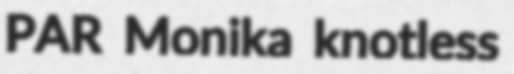
PAR Monika knotless